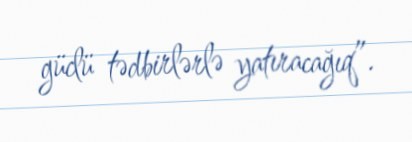
güclü tədbirlərlə yatıracağıq”.